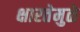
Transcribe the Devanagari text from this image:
क्षारतेमुळे